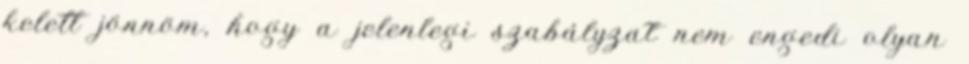
kelett jönnöm, hogy a jelenlegi szabályzat nem engedi olyan